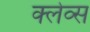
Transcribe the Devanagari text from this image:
क्लेव्स